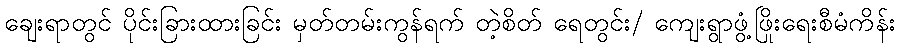
ချေးရာတွင် ပိုင်းခြားထားခြင်း မှတ်တမ်းကွန်ရက် တဲ့စိတ် ရေတွင်း/ ကျေးရွာဖွံ့ဖြိုးရေးစီမံကိန်း